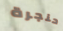
حنجرة